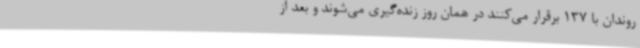
روندان با 137 برقرار می‌کنند در همان روز زنده‌گیری می‌شوند و بعد از